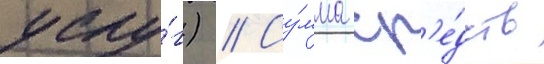
услу́г) // Су́мма ср'е́дств